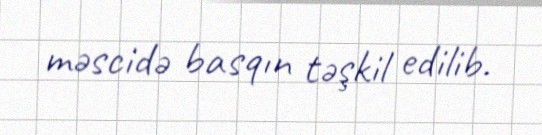
məscidə basqın təşkil edilib.